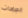
الجراحات